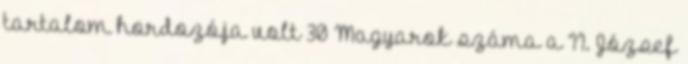
tartalom hordozója volt 30 Magyarok száma a II. József